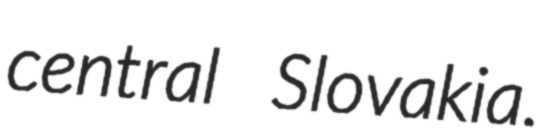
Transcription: central Slovakia.